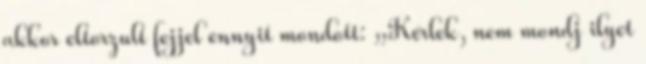
akkor eltorzult fejjel ennyit mondott: „Kérlek, nem mondj ilyet